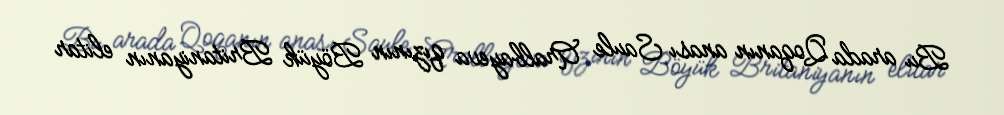
Bu arada Qoqanın anası Saule Aralbayeva qızının Böyük Britaniyanın elitar